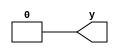
module Clock14(output reg y);
    initial begin
        y = 1'b0;
    end
    always begin
        #4 y = 1'b1;
        #1 y = 1'b0;
    end
endmodule
module Clock28(output reg y);
    initial begin
        y = 1'b0;
    end
    
    always begin
        #8 y = 1'b1;
        #2 y = 1'b0;
    end
endmodule
module Clock11(output reg y);
    initial begin
        y = 1'b0;
    end
    
    always begin
        #1 y = 1'b1;
        #1 y = 1'b0;
    end
endmodule
module Clock12(output reg y);
    initial begin
        y = 1'b0;
    end
    
    always begin
        #2 y = 1'b1;
        #1 y = 1'b0;
    end
endmodule